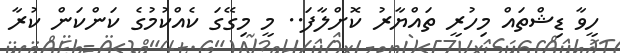
ހީވާ ޑިޝްތައް މިހުރީ ތައްޔާރު ކޮށްލާފަ.. މީ މިގޭގަ ކެއްކުމުގެ ކަންކަން ކުރާ